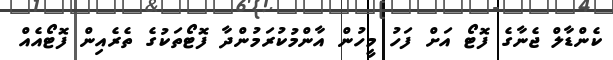
ކެންޑާލް ޖެނާގެ ފޮޓޯ އަށް ފަހު މީހުން އާންމުކުރަމުންދާ ފޮޓޯތަކުގެ ތެރެއިން ފޮޓޯއެއް